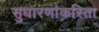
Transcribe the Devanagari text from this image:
सुधारणांकरिता